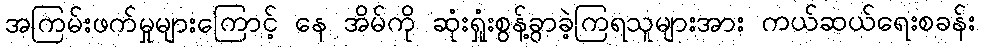
အကြမ်းဖက်မှုများကြောင့် နေ အိမ်ကို ဆုံးရှုံးစွန့်ခွာခဲ့ကြရသူများအား ကယ်ဆယ်ရေးစခန်း